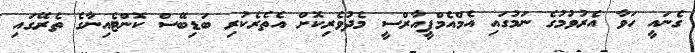
ގެނައީ ހަވާ އެރުވުމުގެ ނަމުގައި އެމްއެމްޕީއާރްސީ މެދުވެރިކޮށް އެތެރެކުރި ބަޑިބޭސް ކޮންޓެއިނާގެ ތެރޭގައި